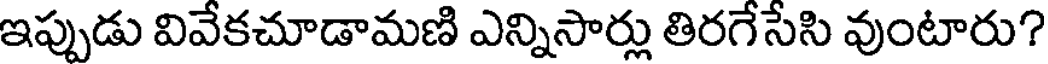
ఇప్పుడు వివేకచూడామణి ఎన్నిసార్లు తిరగేసేసి వుంటారు?